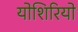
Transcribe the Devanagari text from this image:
योशिरियो